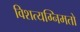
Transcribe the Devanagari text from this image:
विशत्यग्निमतो